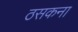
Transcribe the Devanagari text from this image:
ठसकना